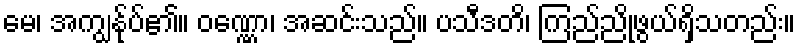
မေ၊ အကျွန်ုပ်၏။ ဝဏ္ဏော၊ အဆင်းသည်။ ပသီဒတိ၊ ကြည်ညိုဖွယ်ရှိသတည်း။